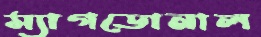
ম্যাগডোনাল